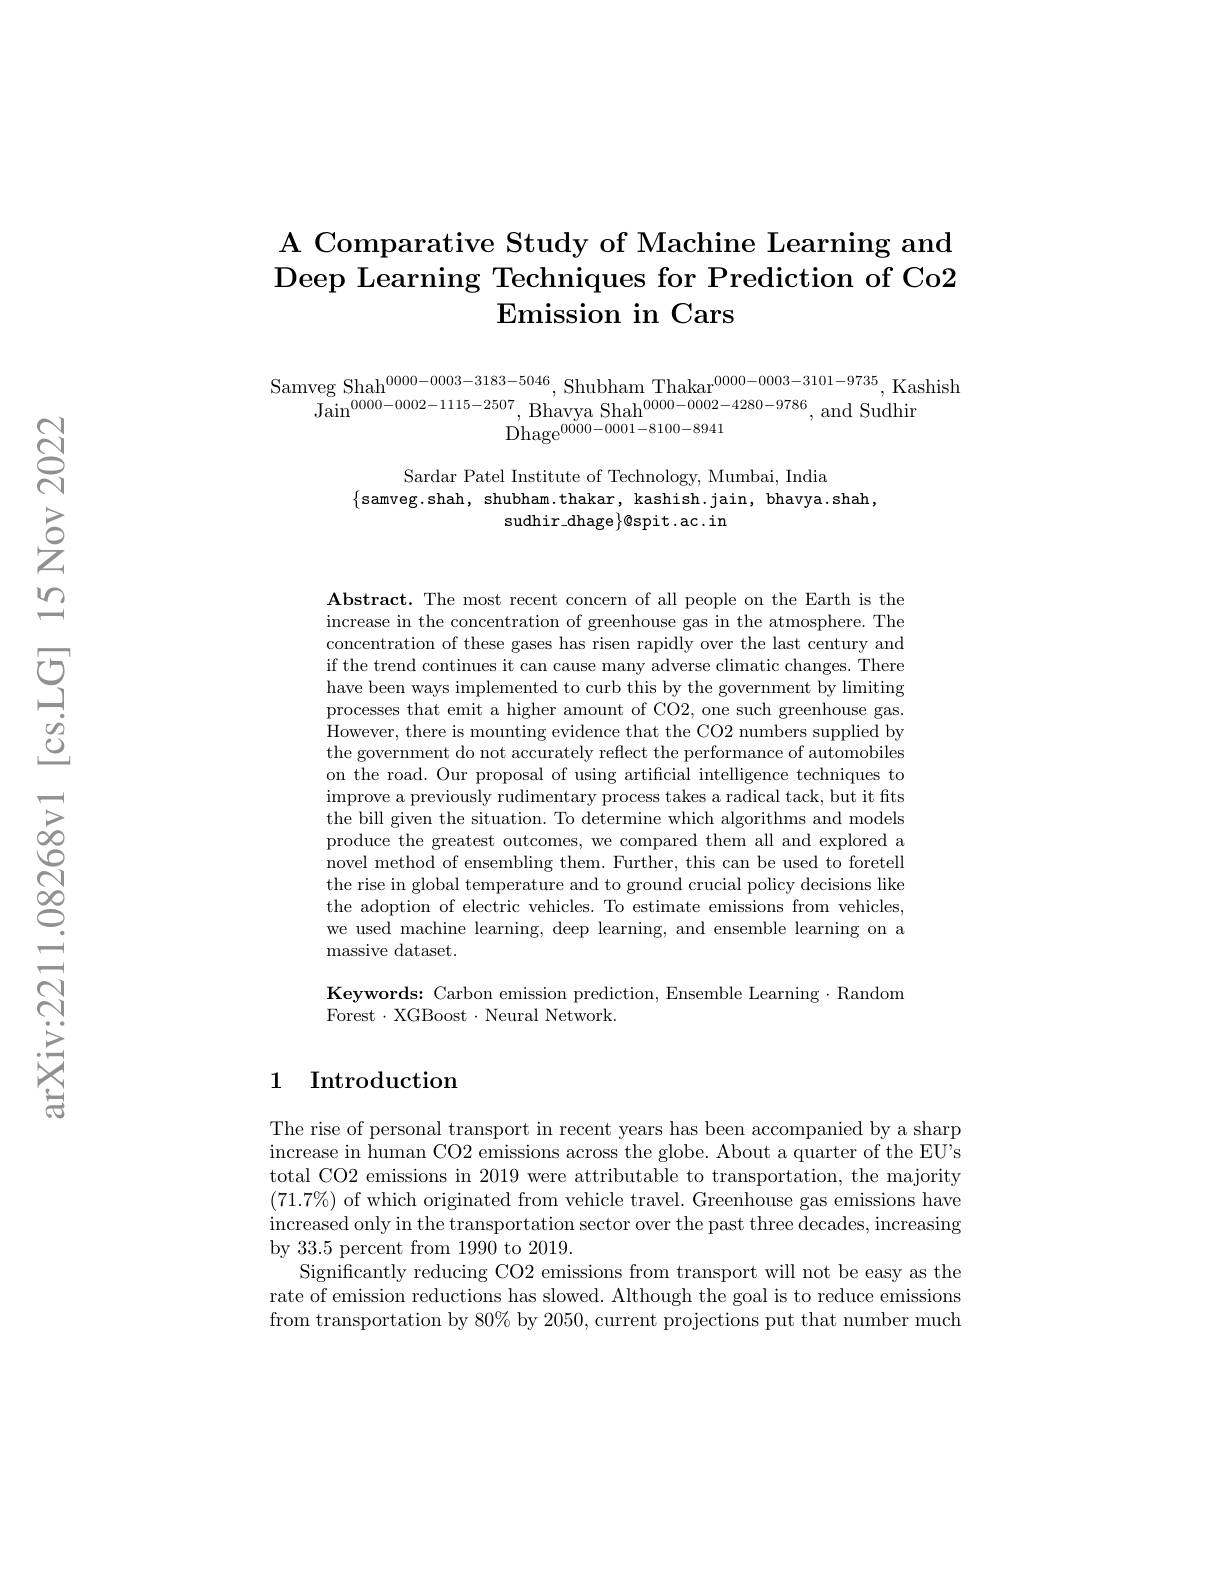
# A Comparative Study of Machine Learning and Deep Learning Techniques for Prediction of Co2 $\textbf{Emission in Cars}$

$\begin{array}{c}\mathrm{Samveg~Shah}^{0000-0003-3183-5046},&\mathrm{Shubham~Thakar}^{0000-0003-3101-9735},\mathrm{Kashish}\\\mathrm{Jain}^{0000-0002-1115-2507},&\mathrm{Bhavya~Shah}^{0000-0002-4280-9786},\mathrm{and~Sudhir}\\\text{Dhage}^{00000-0001-8100-8941}\end{array}$

Sardar Patel Institute of Technology, Mumbai, India
$\{$samveg.shah, shubham.thakar, kashish.jain, bhavya.shah,
sudhir\_dhage$\}@$spit.ac.in

Abstract. The most recent concern of all people on the Earth is the increase in the concentration of greenhouse gas in the atmosphere. The concentration of these gases has risen rapidly over the last century and if the trend continues it can cause many adverse climatic changes. There have been ways implemented to curb this by the government by limiting processes that emit a higher amount of CO2, one such greenhouse gas. However, there is mounting evidence that the CO2 numbers supplied by the government do not accurately reflect the performance of automobiles on the road. Our proposal of using artificial intelligence techniques to improve a previously rudimentary process takes a radical tack, but it fits the bill given the situation. To determine which algorithms and models produce the greatest outcomes, we compared them all and explored a novel method of ensembling them. Further, this can be used to foretell the rise in global temperature and to ground crucial policy decisions like the adoption of electric vehicles. To estimate emissions from vehicles, we used machine learning, deep learning, and ensemble learning on a massive dataset.

Keywords: Carbon emission prediction, Ensemble Learning $\cdot$ Random
Forest$\cdot$XGBoost$\cdot$Neural Network.

### 1 Introduction

The rise of personal transport in recent years has been accompanied by a sharp increase in human CO2 emissions across the globe. About a quarter of the EU's total CO2 emissions in 2019 were attributable to transportation, the majority $(71.7\%)$ of which originated from vehicle travel. Greenhouse gas emissions have increased only in the transportation sector over the past three decades, increasing by 33.5 percent from 1990 to 2019
Significantly reducing CO2 emissions from transport will not be easy as the rate of emission reductions has slowed. Although the goal is to reduce emissions from transportation by 80% by 2050, current projections put that number much